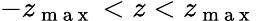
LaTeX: -z_{\mathrm{~m~a~x~}}<z<z_{\mathrm{~m~a~x~}}